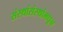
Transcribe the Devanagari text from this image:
संस्थांसंस्थांमधून